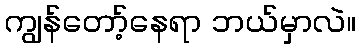
ကျွန်တော့်နေရာ ဘယ်မှာလဲ။